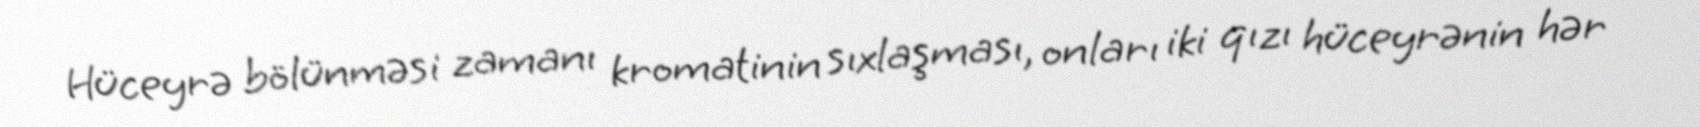
Hüceyrə bölünməsi zamanı kromatinin sıxlaşması, onları iki qızı hüceyrənin hər